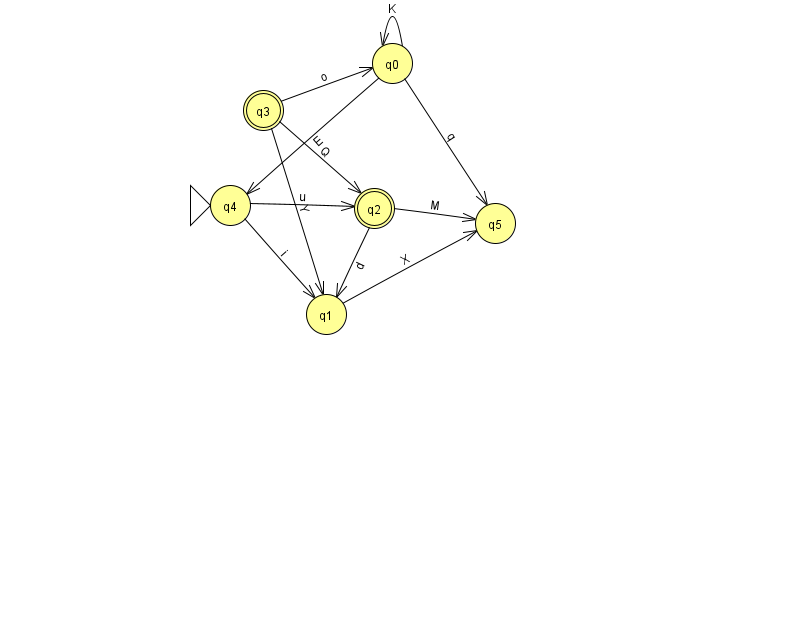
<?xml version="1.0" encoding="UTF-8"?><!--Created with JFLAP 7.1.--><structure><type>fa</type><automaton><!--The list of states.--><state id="0" name="q0"><x>392.0</x><y>50.0</y></state><state id="1" name="q1"><x>326.0</x><y>301.0</y></state><state id="2" name="q2"><x>374.0</x><y>195.0</y><final/></state><state id="3" name="q3"><x>263.0</x><y>97.0</y><final/></state><state id="4" name="q4"><x>230.0</x><y>192.0</y><initial/></state><state id="5" name="q5"><x>495.0</x><y>210.0</y></state><!--The list of transitions.--><transition><from>0</from><to>4</to><read>E</read></transition><transition><from>3</from><to>2</to><read>Q</read></transition><transition><from>0</from><to>5</to><read>q</read></transition><transition><from>2</from><to>1</to><read>d</read></transition><transition><from>4</from><to>2</to><read>u</read></transition><transition><from>1</from><to>5</to><read>X</read></transition><transition><from>3</from><to>0</to><read>o</read></transition><transition><from>4</from><to>1</to><read>i</read></transition><transition><from>3</from><to>1</to><read>Y</read></transition><transition><from>0</from><to>0</to><read>K</read></transition><transition><from>2</from><to>5</to><read>M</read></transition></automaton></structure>